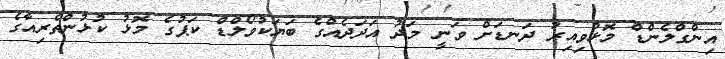
އިންގްލެންޑް މޮޅުވިއިރު ދަނޑަށް ވަނީ މަދު އަދަދެއްގެ ބަޔަކުވޯލްޑް ކަޕުގެ މޮޅު ކުޅުންތެރިއާގެ